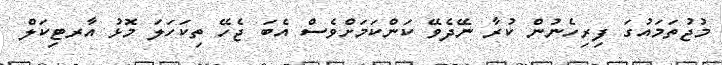
މުޖުތަމައުގަ ފިރިހެނުން ކުރާ ނޭދެވޭ ކަންކަމަށްވެސް އެބަ ޖެހޭ ތިކަހަލަ މޮޅު އާރޓިކަލް